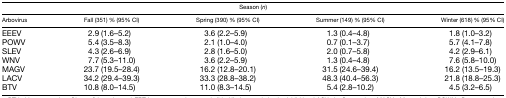
<table><thead><tr><td colspan="5"><b>Season (<i>n</i>)</b></td></tr><tr><td><b>Arbovirus</b></td><td><b>Fall (351) % (95% CI)</b></td><td><b>Spring (390) % (95% CI)</b></td><td><b>Summer (149) % (95% CI)</b></td><td><b>Winter (618) % (95% CI)</b></td></tr></thead><tbody><tr><td>EEEV</td><td>2.9 (1.6–5.2)</td><td>3.6 (2.2–5.9)</td><td>1.3 (0.4–4.8)</td><td>1.8 (1.0–3.2)</td></tr><tr><td>POWV</td><td>5.4 (3.5–8.3)</td><td>2.1 (1.0–4.0)</td><td>0.7 (0.1–3.7)</td><td>5.7 (4.1–7.8)</td></tr><tr><td>SLEV</td><td>4.3 (2.6–6.9)</td><td>2.8 (1.6–5.0)</td><td>2.0 (0.7–5.8)</td><td>4.2 (2.9–6.1)</td></tr><tr><td>WNV</td><td>7.7 (5.3–11.0)</td><td>3.6 (2.2–5.9)</td><td>1.3 (0.4–4.8)</td><td>7.6 (5.8–10.0)</td></tr><tr><td>MAGV</td><td>23.7 (19.5–28.4)</td><td>16.2 (12.8–20.1)</td><td>31.5 (24.6–39.4)</td><td>16.2 (13.5–19.3)</td></tr><tr><td>LACV</td><td>34.2 (29.4–39.3)</td><td>33.3 (28.8–38.2)</td><td>48.3 (40.4–56.3)</td><td>21.8 (18.8–25.3)</td></tr><tr><td>BTV</td><td>10.8 (8.0–14.5)</td><td>11.0 (8.3–14.5)</td><td>5.4 (2.8–10.2)</td><td>4.5 (3.2–6.5)</td></tr></tbody></table>